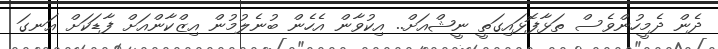
ދެން ދެމީހުންވެސް ތަޅާފޮޅައިގަތީ ނީޝްއަށް.. އިކުވާން އެހެން ބުނެލުމުން އިޒްކާންއަށް ފާޑަކަށް އަނގަ